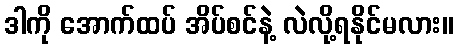
ဒါကို အောက်ထပ် အိပ်စင်နဲ့ လဲလို့ရနိုင်မလား။